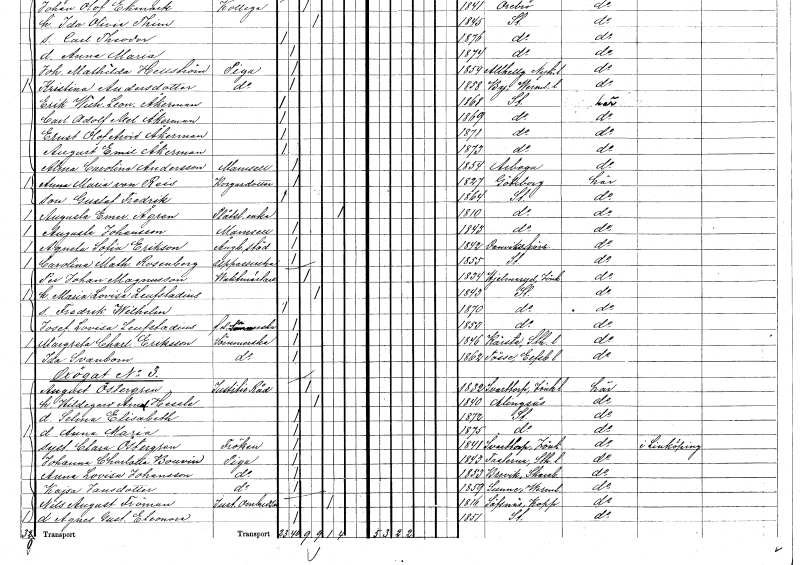
gt_parse: households: individuals: FN: Gustaf Fredrik
KON: M
CIV: O
FODAR: 1864
FODFORS: Stockholm
FN: Augusta Emerentia
EN: Ågren
YRKE: Plåtslagareänka
KON: K
CIV: E
FODAR: 1810
FODFORS: Stockholm
FN: Augusta
EN: Johansson
KON: K
CIV: O
FODAR: 1843
FODFORS: Stockholm
FN: Agneta Sofia
EN: Erikson
YRKE: Ångbåtsstäderska
KON: K
CIV: O
FODAR: 1842
FODFORS: Danviks Stockholms län
FN: Carolina Mathilda
EN: Rosenberg
YRKE: Uppassare
KON: K
CIV: O
FODAR: 1855
FODFORS: Stockholm
FN: Per Johan
EN: Magnusson
YRKE: Vaktmästare
KON: M
CIV: G
FODAR: 1834
FODFORS: Hjälmseryd Jönköpings län
FN: Maria Lovisa
EN: Leufstadius
KON: K
CIV: G
FODAR: 1843
FODFORS: Stockholm
FN: Fredrik Wilhelm
KON: M
CIV: O
FODAR: 1870
FODFORS: Stockholm
FN: Josefina Lovisa
EN: Leufstadius
YRKE: Sömmerska f.d.
KON: K
CIV: O
FODAR: 1853
FODFORS: Stockholm
FN: Margreta Charlotta
EN: Eriksson
YRKE: Sömmerska
KON: K
CIV: O
FODAR: 1846
FODFORS: Kårsta Stockholms län
FN: Ida
EN: Svanbom
YRKE: Sömmerska
KON: K
CIV: O
FODAR: 1862
FODFORS: Tösse Älvsborgs län
FN: August
EN: Östergren
YRKE: Justitieråd
KON: M
CIV: G
FODAR: 1832
FODFORS: Svarttorp Jönköpings län
FN: Hildegard Amalia
EN: Hessle
KON: K
CIV: G
FODAR: 1840
FODFORS: Alingsås Älvsborgs län
FN: Selma Elisabeth
KON: K
CIV: O
FODAR: 1872
FODFORS: Stockholm
FN: Anna Maria
KON: K
CIV: O
FODAR: 1875
FODFORS: Stockholm
FN: Clara
EN: Östergren
KON: K
CIV: O
FODAR: 1841
FODFORS: Svarttorp Jönköpings län
FN: Johanna Charlotta
EN: Bouvin
YRKE: Piga
KON: K
CIV: O
FODAR: 1843
FODFORS: Fasterna Stockholms län
FN: Anna Lovisa
EN: Johansson
YRKE: Piga
KON: K
CIV: O
FODAR: 1853
FODFORS: Brevik Skaraborgs län
FN: Kajsa
EN: Jansdotter
YRKE: Piga
KON: K
CIV: O
FODAR: 1859
FODFORS: Sunne Värmlands län
FN: Nils August
EN: Fröman
YRKE: Justitieombudsman
KON: M
CIV: E
FODAR: 1816
FODFORS: Säfsnäs Kopparbergs län
FN: Agnes Gustafva Eleonora
KON: K
CIV: O
FODAR: 1851
FODFORS: Stockholm